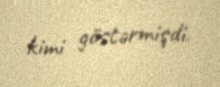
kimi göstərmişdi.